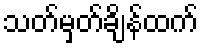
သတ်မှတ်ချိန်ထက်